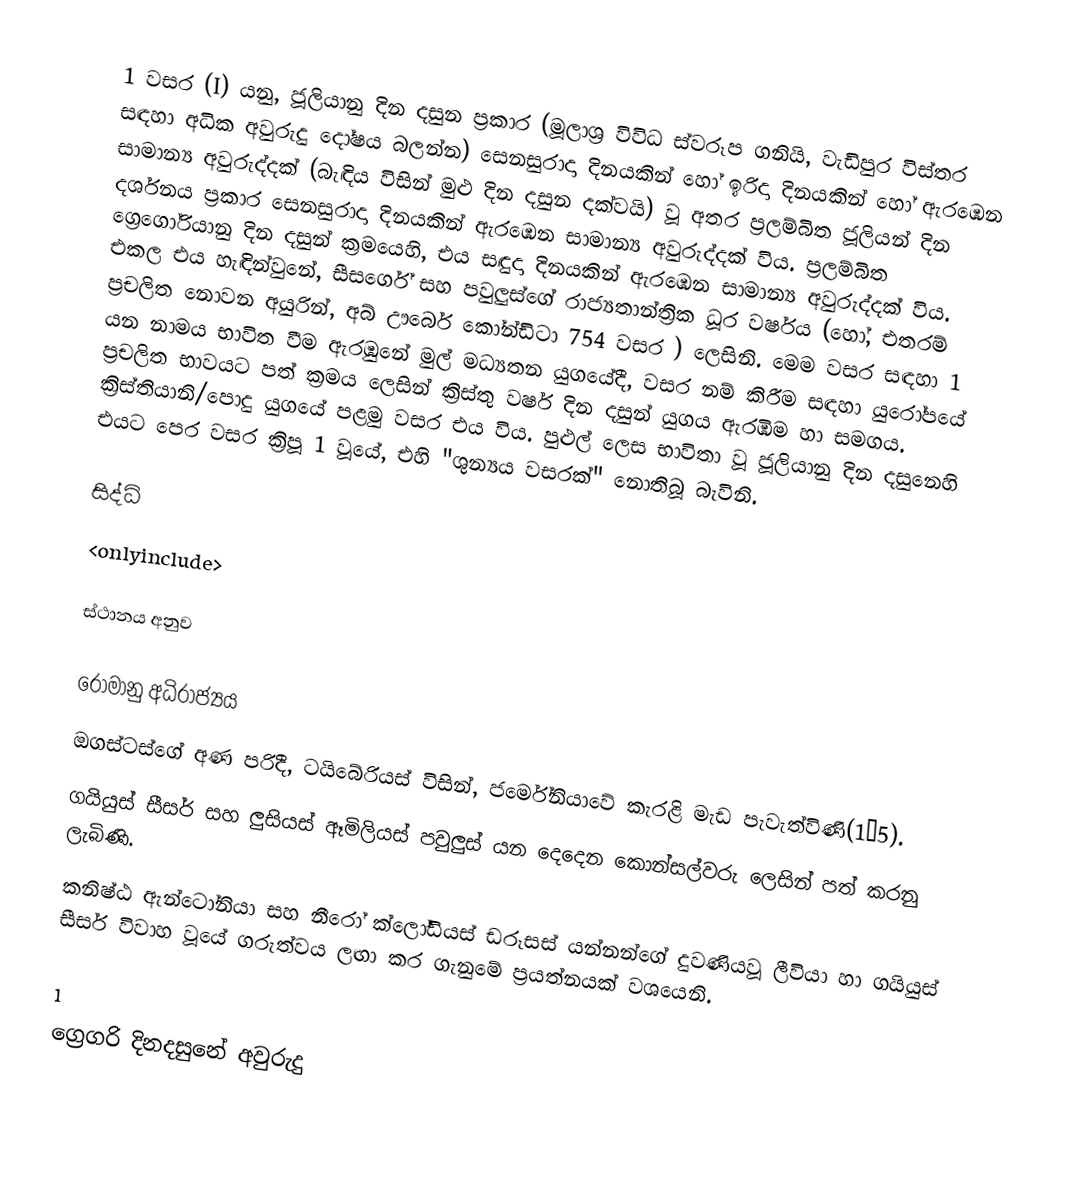
1 වසර (I) යනු,  ජූලියානු දින දසුන ප්‍රකාර (මූලාශ්‍ර විවිධ ස්වරූප ගනියි, වැඩිපුර විස්තර සඳහා  අධික අවුරුදු දෝෂය බලන්න) සෙනසුරාදා දිනයකින් හෝ  ඉරිදා දිනයකින් හෝ ඇරඹෙන සාමාන්‍ය අවුරුද්දක්   (බැඳිය විසින් මුළු දින දසුන දක්වයි) වූ අතර  ප්‍රලම්බිත ජූලියන් දින දර්ශනය ප්‍රකාර සෙනසුරාදා දිනයකින් ඇරඹෙන සාමාන්‍ය අවුරුද්දක් විය. ප්‍රලම්බිත ග්‍රෙගෝරියානු දින දසුන් ක්‍රමයෙහි,  එය  සඳුදා දිනයකින් ඇරඹෙන සාමාන්‍ය අවුරුද්දක් විය. එකල එය හැඳින්වුනේ, සීසර්ගේ සහ  පවුලුස්ගේ රාජ්‍යතාන්ත්‍රික  ධූර වර්ෂය   (හෝ, එතරම් ප්‍රචලිත නොවන අයුරින්,  අබ් ඌර්බෙ කෝන්ඩිටා 754 වසර ) ලෙසිනි. මෙම වසර සඳහා 1 යන නාමය භාවිත වීම ඇරඹුනේ මුල් මධ්‍යතන යුගයේදී, වසර නම් කිරීම සඳහා යුරෝපයේ ප්‍රචලිත භාවයට පත් ක්‍රමය ලෙසින් ක්‍රිස්තු වර්ෂ දින දසුන් යුගය ඇරඹීම හා සමගය. ක්‍රිස්තියානි/පොදු යුගයේ පළමු වසර එය විය. පුළුල් ලෙස භාවිතා වූ ජූලියානු දින දසුනෙහි එයට පෙර වසර ක්‍රිපූ 1 වූයේ, එහි  "ශුන්‍යය වසරක්" නොතිබූ බැවිනි.

සිද්ධි
<onlyinclude>

ස්ථානය අනුව

රෝමානු අධිරාජ්‍යය
  ඔගස්ටස්ගේ අණ පරිදී, ටයිබේරියස් විසින්, ජර්මේනියාවේ  කැරළි මැඩ පැවැත්විණි(1–5).
 ගයියුස් සීසර් සහ ලුසියස් ඈමිලියස් පවුලුස් යන දෙදෙන කොන්සල්වරු ලෙසින් පත් කරනු ලැබිණි.
  කනිෂ්ඨ ඇන්ටෝනියා සහ නීරෝ ක්ලෝඩියස් ඩරූසස් යන්නන්ගේ දුවණියවූ ලීවියා හා ගයියුස් සීසර් විවාහ වූයේ ගරුත්වය ලඟා කර ගැනුමේ ප්‍රයත්නයක් වශයෙනි.

1
ග්‍රෙගරි දිනදසුනේ අවුරුදු